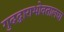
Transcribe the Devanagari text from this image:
गुदद्वाराभोवतालचा